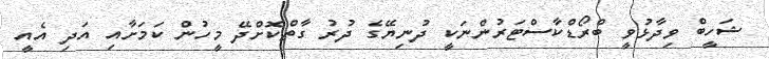
ޝަހީބް ވިދާޅުވީ ބްރޯޑްކާސްޓަރުންނަކީ ދުނިޔޭގެ ދުރު ގާތްކޮށްދޭ މީހުން ކަމަށާއި އަދި އެއީ